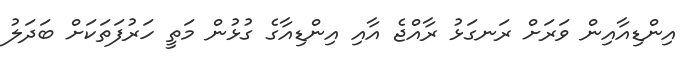
އިންޑިއާއިން ވަރަށް ރަނގަޅު ރާއްޖެ އާއި އިންޑިއާގެ ގުޅުން މަތީ ހަރުފަތަކަށް ބަދަލު